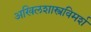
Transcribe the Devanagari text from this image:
अखिलशास्त्रविमर्श